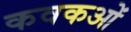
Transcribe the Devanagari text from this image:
कवकओं